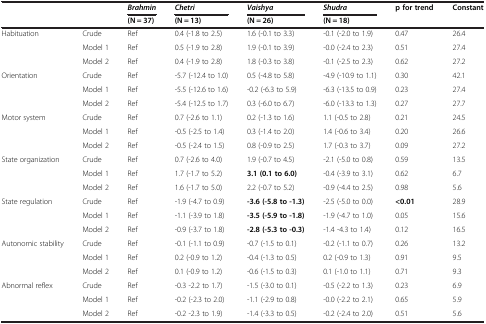
<table><thead><tr><td><b> </b></td><td><b> </b></td><td><b><i>Brahmin</i></b></td><td><b><i>Chetri</i></b></td><td><b><i>Vaishya</i></b></td><td><b><i>Shudra</i></b></td><td rowspan="2"><b>p for trend</b></td><td rowspan="2"><b>Constant</b></td></tr><tr><td><b> </b></td><td><b> </b></td><td><b>(N = 37)</b></td><td><b>(N = 13)</b></td><td><b>(N = 26)</b></td><td><b>(N = 18)</b></td></tr></thead><tbody><tr><td>Habituation</td><td>Crude</td><td>Ref</td><td>0.4 (-1.8 to 2.5)</td><td>1.6 (-0.1 to 3.3)</td><td>-0.1 (-2.0 to 1.9)</td><td>0.47</td><td>26.4</td></tr><tr><td> </td><td>Model 1</td><td>Ref</td><td>0.5 (-1.9 to 2.8)</td><td>1.9 (-0.1 to 3.9)</td><td>-0.0 (-2.4 to 2.3)</td><td>0.51</td><td>27.4</td></tr><tr><td> </td><td>Model 2</td><td>Ref</td><td>0.4 (-1.9 to 2.8)</td><td>1.8 (-0.3 to 3.8)</td><td>-0.1 (-2.5 to 2.3)</td><td>0.62</td><td>27.2</td></tr><tr><td>Orientation</td><td>Crude</td><td>Ref</td><td>-5.7 (-12.4 to 1.0)</td><td>0.5 (-4.8 to 5.8)</td><td>-4.9 (-10.9 to 1.1)</td><td>0.30</td><td>42.1</td></tr><tr><td> </td><td>Model 1</td><td>Ref</td><td>-5.5 (-12.6 to 1.6)</td><td>-0.2 (-6.3 to 5.9)</td><td>-6.3 (-13.5 to 0.9)</td><td>0.23</td><td>27.4</td></tr><tr><td> </td><td>Model 2</td><td>Ref</td><td>-5.4 (-12.5 to 1.7)</td><td>0.3 (-6.0 to 6.7)</td><td>-6.0 (-13.3 to 1.3)</td><td>0.27</td><td>27.7</td></tr><tr><td>Motor system</td><td>Crude</td><td>Ref</td><td>0.7 (-2.6 to 1.1)</td><td>0.2 (-1.3 to 1.6)</td><td>1.1 (-0.5 to 2.8)</td><td>0.21</td><td>24.5</td></tr><tr><td> </td><td>Model 1</td><td>Ref</td><td>-0.5 (-2.5 to 1.4)</td><td>0.3 (-1.4 to 2.0)</td><td>1.4 (-0.6 to 3.4)</td><td>0.20</td><td>26.6</td></tr><tr><td> </td><td>Model 2</td><td>Ref</td><td>-0.5 (-2.4 to 1.5)</td><td>0.8 (-0.9 to 2.5)</td><td>1.7 (-0.3 to 3.7)</td><td>0.09</td><td>27.2</td></tr><tr><td>State organization</td><td>Crude</td><td>Ref</td><td>0.7 (-2.6 to 4.0)</td><td>1.9 (-0.7 to 4.5)</td><td>-2.1 (-5.0 to 0.8)</td><td>0.59</td><td>13.5</td></tr><tr><td> </td><td>Model 1</td><td>Ref</td><td>1.7 (-1.7 to 5.2)</td><td><b>3.1 (0.1 to 6.0)</b></td><td>-0.4 (-3.9 to 3.1)</td><td>0.62</td><td>6.7</td></tr><tr><td> </td><td>Model 2</td><td>Ref</td><td>1.6 (-1.7 to 5.0)</td><td>2.2 (-0.7 to 5.2)</td><td>-0.9 (-4.4 to 2.5)</td><td>0.98</td><td>5.6</td></tr><tr><td>State regulation</td><td>Crude</td><td>Ref</td><td>-1.9 (-4.7 to 0.9)</td><td><b>-3.6 (-5.8 to -1.3)</b></td><td>-2.5 (-5.0 to 0.0)</td><td><b>&lt;0.01</b></td><td>28.9</td></tr><tr><td> </td><td>Model 1</td><td>Ref</td><td>-1.1 (-3.9 to 1.8)</td><td><b>-3.5 (-5.9 to -1.8)</b></td><td>-1.9 (-4.7 to 1.0)</td><td>0.05</td><td>15.6</td></tr><tr><td> </td><td>Model 2</td><td>Ref</td><td>-0.9 (-3.7 to 1.8)</td><td><b>-2.8 (-5.3 to -0.3)</b></td><td>-1.4 -4.3 to 1.4)</td><td>0.12</td><td>16.5</td></tr><tr><td>Autonomic stability</td><td>Crude</td><td>Ref</td><td>-0.1 (-1.1 to 0.9)</td><td>-0.7 (-1.5 to 0.1)</td><td>-0.2 (-1.1 to 0.7)</td><td>0.26</td><td>13.2</td></tr><tr><td> </td><td>Model 1</td><td>Ref</td><td>0.2 (-0.9 to 1.2)</td><td>-0.4 (-1.3 to 0.5)</td><td>0.2 (-0.9 to 1.3)</td><td>0.91</td><td>9.5</td></tr><tr><td> </td><td>Model 2</td><td>Ref</td><td>0.1 (-0.9 to 1.2)</td><td>-0.6 (-1.5 to 0.3)</td><td>0.1 (-1.0 to 1.1)</td><td>0.71</td><td>9.3</td></tr><tr><td>Abnormal reflex</td><td>Crude</td><td>Ref</td><td>-0.3 -2.2 to 1.7)</td><td>-1.5 (-3.0 to 0.1)</td><td>-0.5 (-2.2 to 1.3)</td><td>0.23</td><td>6.9</td></tr><tr><td> </td><td>Model 1</td><td>Ref</td><td>-0.2 (-2.3 to 2.0)</td><td>-1.1 (-2.9 to 0.8)</td><td>-0.0 (-2.2 to 2.1)</td><td>0.65</td><td>5.9</td></tr><tr><td> </td><td>Model 2</td><td>Ref</td><td>-0.2 -2.3 to 1.9)</td><td>-1.4 (-3.3 to 0.5)</td><td>-0.2 (-2.4 to 2.0)</td><td>0.51</td><td>5.6</td></tr></tbody></table>